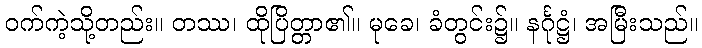
ဝက်ကဲ့သို့တည်း။ တဿ၊ ထိုပြိတ္တာ၏။ မုခေ၊ ခံတွင်း၌။ နင်္ဂုဋ္ဌံ၊ အမြီးသည်။